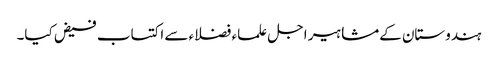
ہندوستان کےمشاہیر اجل علماء فضلاء سے اکتساب فیض کیا۔